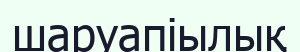
шаруапіылық